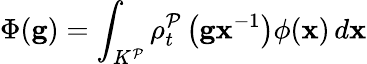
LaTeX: \Phi(\mathbf{g})=\int_{K^{\mathcal{P}}}\rho_{t}^{\mathcal{P}}\left(\mathbf{gx}^{-1}\right)\phi(\mathbf{x})\, d\mathbf{x}